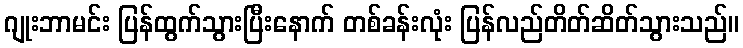
ဂျုးဘာမင်း ပြန်ထွက်သွားပြီးနောက် တစ်ခန်းလုံး ပြန်လည်တိတ်ဆိတ်သွားသည်။